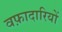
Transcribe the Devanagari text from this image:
वफ़ादारियों